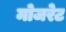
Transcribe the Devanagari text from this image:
मोजरेट